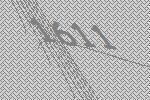
1611